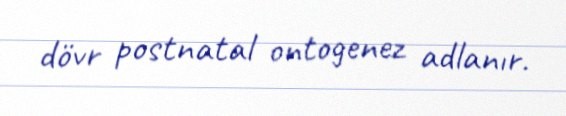
dövr postnatal ontogenez adlanır.